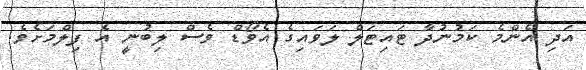
އަދި އެންމެ ކަމުނުދާ ޓައިޓަލް ލަވައިގެ އެވޯޑް ވެސް ލިބުނީ އެ ފިލްމަށެވެ.